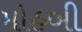
મોહબી